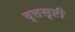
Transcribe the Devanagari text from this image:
वृत्तसृष्टी